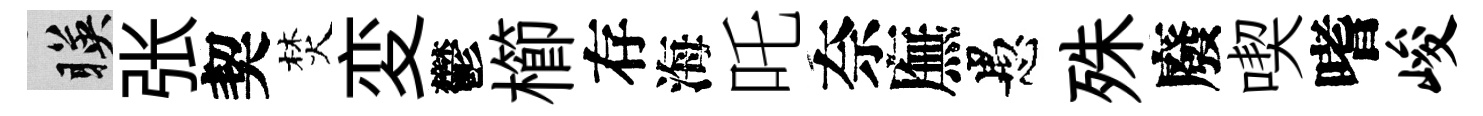
暎张契焚変鬱櫛存海吒奈廡愚殊廢喫嗜峻